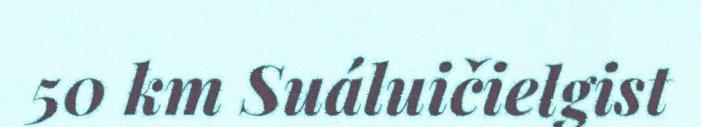
50 km Suáluičielgist